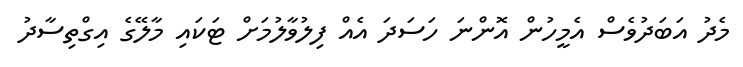
މެދު އަބަދުވެސް އެމީހުން އޮންނަ ހަސަދަ އެއް ފިލުވާލުމަށް ޓަކައި މާލޭގެ އިގްތިސާދު